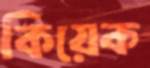
কিয়েক